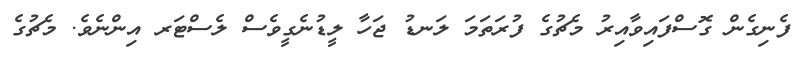
ފެނިގެން ގޮސްފައިވާއިރު މެޗުގެ ފުރަތަމަ ލަނޑު ޖަހާ ލީޑުނެގީވެސް ލެސްޓަރ އިންނެވެ. މެޗުގެ